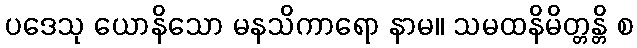
ပဒေသု ယောနိသော မနသိကာရော နာမ။ သမထနိမိတ္တန္တိ စ